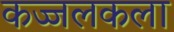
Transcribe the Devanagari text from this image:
कज्जलकला